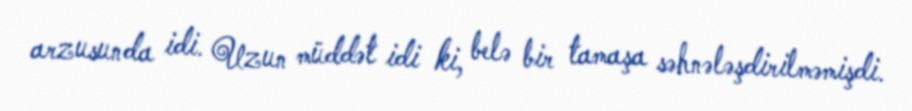
arzusunda idi. Uzun müddət idi ki, belə bir tamaşa səhnələşdirilməmişdi.